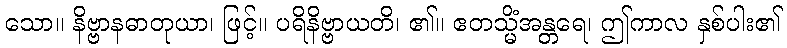
သော။ နိဗ္ဗာနဓာတုယာ၊ ဖြင့်။ ပရိနိဗ္ဗာယတိ၊ ၏။ ဧတသ္မိံအန္တရေ၊ ဤကာလ နှစ်ပါး၏